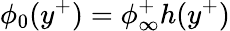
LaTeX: \phi_{0}(y^{+})=\phi_{\infty}^{+}h(y^{+})